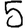
Digit: 5